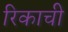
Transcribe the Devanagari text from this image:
रिकाची